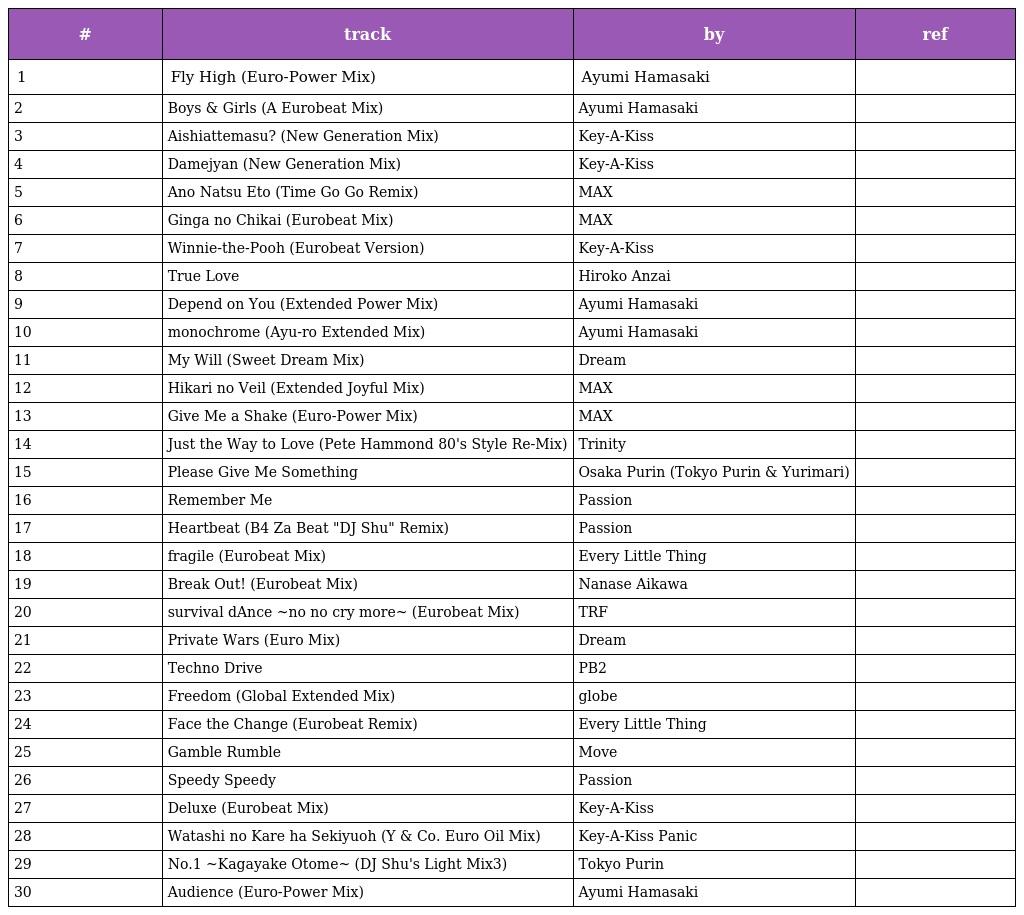
| # | track | by | ref |
 | --- | --- | --- | --- |
 | 1 | Fly High (Euro-Power Mix) | Ayumi Hamasaki |  |
 | 2 | Boys & Girls (A Eurobeat Mix) | Ayumi Hamasaki |  |
 | 3 | Aishiattemasu? (New Generation Mix) | Key-A-Kiss |  |
 | 4 | Damejyan (New Generation Mix) | Key-A-Kiss |  |
 | 5 | Ano Natsu Eto (Time Go Go Remix) | MAX |  |
 | 6 | Ginga no Chikai (Eurobeat Mix) | MAX |  |
 | 7 | Winnie-the-Pooh (Eurobeat Version) | Key-A-Kiss |  |
 | 8 | True Love | Hiroko Anzai |  |
 | 9 | Depend on You (Extended Power Mix) | Ayumi Hamasaki |  |
 | 10 | monochrome (Ayu-ro Extended Mix) | Ayumi Hamasaki |  |
 | 11 | My Will (Sweet Dream Mix) | Dream |  |
 | 12 | Hikari no Veil (Extended Joyful Mix) | MAX |  |
 | 13 | Give Me a Shake (Euro-Power Mix) | MAX |  |
 | 14 | Just the Way to Love (Pete Hammond 80's Style Re-Mix) | Trinity |  |
 | 15 | Please Give Me Something | Osaka Purin (Tokyo Purin & Yurimari) |  |
 | 16 | Remember Me | Passion |  |
 | 17 | Heartbeat (B4 Za Beat "DJ Shu" Remix) | Passion |  |
 | 18 | fragile (Eurobeat Mix) | Every Little Thing |  |
 | 19 | Break Out! (Eurobeat Mix) | Nanase Aikawa |  |
 | 20 | survival dAnce ~no no cry more~ (Eurobeat Mix) | TRF |  |
 | 21 | Private Wars (Euro Mix) | Dream |  |
 | 22 | Techno Drive | PB2 |  |
 | 23 | Freedom (Global Extended Mix) | globe |  |
 | 24 | Face the Change (Eurobeat Remix) | Every Little Thing |  |
 | 25 | Gamble Rumble | Move |  |
 | 26 | Speedy Speedy | Passion |  |
 | 27 | Deluxe (Eurobeat Mix) | Key-A-Kiss |  |
 | 28 | Watashi no Kare ha Sekiyuoh (Y & Co. Euro Oil Mix) | Key-A-Kiss Panic |  |
 | 29 | No.1 ~Kagayake Otome~ (DJ Shu's Light Mix3) | Tokyo Purin |  |
 | 30 | Audience (Euro-Power Mix) | Ayumi Hamasaki |  |